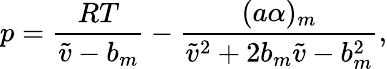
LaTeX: p=\frac{RT}{\tilde{v}-b_{m}}-\frac{(a\alpha)_{m}}{\tilde{v}^{2}+2b_{m}\tilde{v}-b_{m}^{2}},